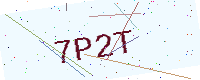
Text: 7P2T